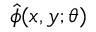
\hat { \phi } ( x , y ; \theta )